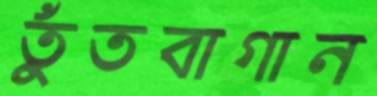
তুঁতবাগান